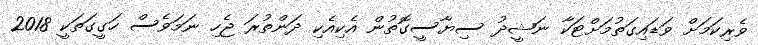
ވެރިކަމަށް ވަޑައިގަތުމަށްޓަކާ ނަޝީދު ސިޔާސީގޮތުން އެކިއެކި ދަންތުރަ ޖެހި ނަމަވެސް ހަގީގަތަކީ 2018